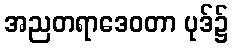
အညတရာဒေဝတာ ပုဒ်၌